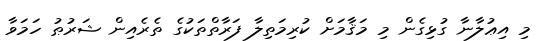
މި އިޢުލާނާ ގުޅިގެން މި މަޤާމަށް ކުރިމަތިލާ ފަރާތްތަކުގެ ތެރެއިން ޝަރުޠު ހަމަވާ